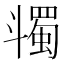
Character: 𣂌